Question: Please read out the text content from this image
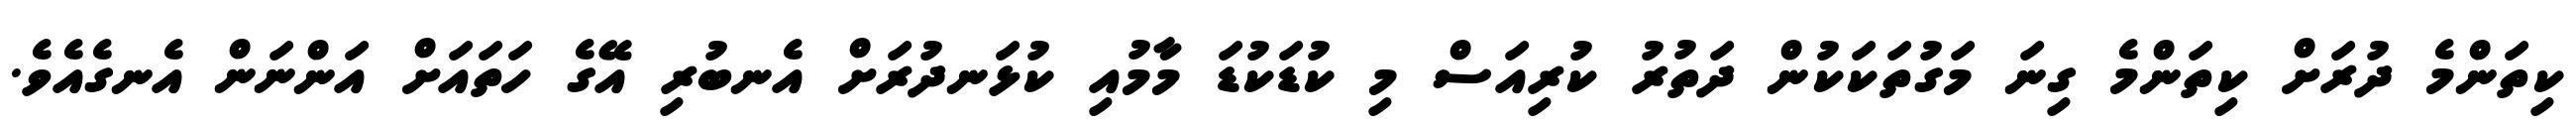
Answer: ކިތަންމެ ދުރަށް ކިތަންމެ ގިނަ މަގުތަކަކުން ދަތުރު ކުރިއަސް މި ކުޑަކުޑަ މާމުއި ކުޅަނދުރަށް އެނބުރި އޭގެ ހަތައަށް އަންނަން އެނގެއެވެ.